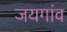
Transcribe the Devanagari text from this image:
जयगांव